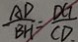
\frac { A D } { B H } = \frac { D G } { C D }